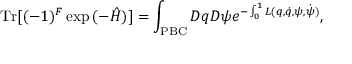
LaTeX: \mathrm { T r } [ ( - 1 ) ^ { F } \exp { ( - \hat { H } ) } ] = \int _ { \mathrm { \tiny { P B C } } } D q D \psi e ^ { - \int _ { 0 } ^ { 1 } L ( q , \dot { q } , \psi , \dot { \psi } ) } ,